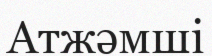
Атжәмші